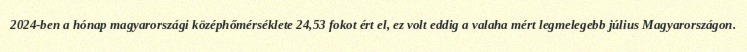
2024-ben a hónap magyarországi középhőmérséklete 24,53 fokot ért el, ez volt eddig a valaha mért legmelegebb július Magyarországon.